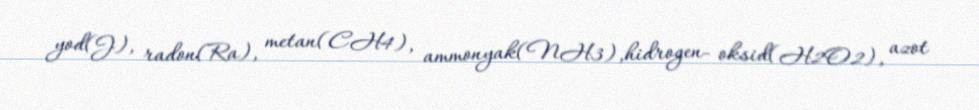
yod(J), radon(Ra), metan(CH4), ammonyak(NH3),hidrogen- oksid(H2O2), azot